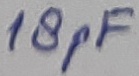
Text: 18pF